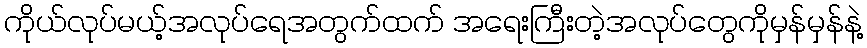
ကိုယ်လုပ်မယ့်အလုပ်ရေအတွက်ထက် အရေးကြီးတဲ့အလုပ်တွေကိုမှန်မှန်နဲ့